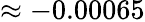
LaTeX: \approx-0.00065